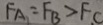
F _ { A } = F _ { B } > F C